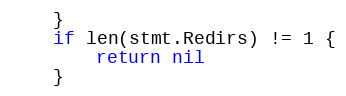
Language: Go
	}
	if len(stmt.Redirs) != 1 {
		return nil
	}